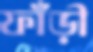
ফাঁড়ী